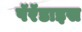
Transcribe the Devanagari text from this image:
पॅरॅडाइस